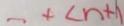
- 4 < n + 1